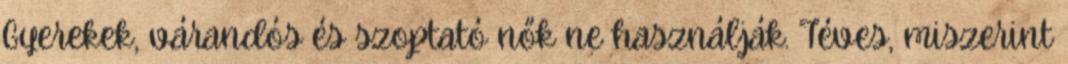
Gyerekek, várandós és szoptató nők ne használják. Téves, miszerint